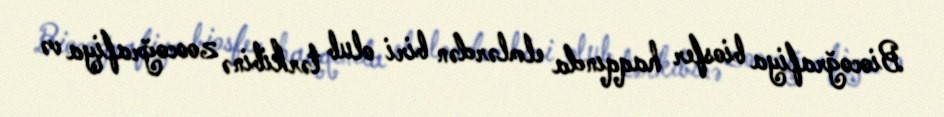
Biocoğrafiya biosfer haqqında elmlərdən biri olub tərkibinə zoocoğrafiya və